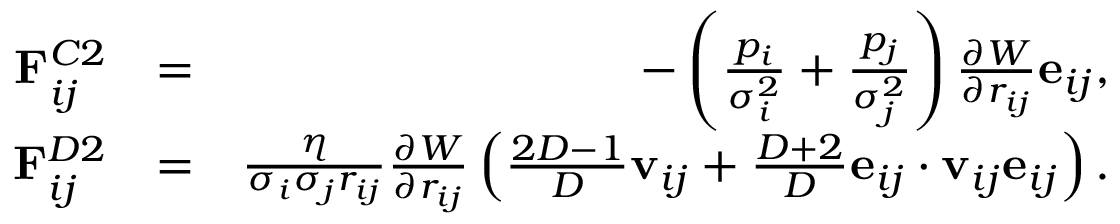
\begin{array} { r l r } { \mathbf { F } _ { i j } ^ { C 2 } } & { = } & { - \left( \frac { p _ { i } } { \sigma _ { i } ^ { 2 } } + \frac { p _ { j } } { \sigma _ { j } ^ { 2 } } \right) \frac { \partial { W } } { \partial { r _ { i j } } } \mathbf { e } _ { i j } , } \\ { \mathbf { F } _ { i j } ^ { D 2 } } & { = } & { \frac { \eta } { \sigma _ { i } \sigma _ { j } r _ { i j } } \frac { \partial { W } } { \partial { r _ { i j } } } \left( \frac { 2 D - 1 } { D } \mathbf { v } _ { i j } + \frac { D + 2 } { D } \mathbf { e } _ { i j } \cdot \mathbf { v } _ { i j } \mathbf { e } _ { i j } \right) . } \end{array}